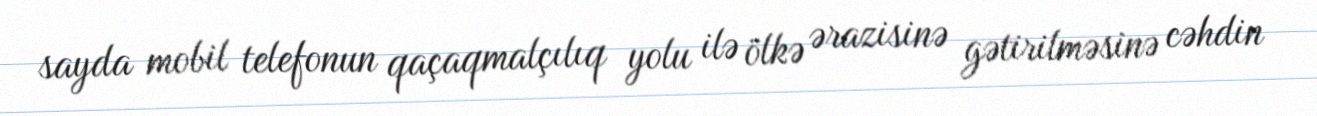
sayda mobil telefonun qaçaqmalçılıq yolu ilə ölkə ərazisinə gətirilməsinə cəhdin